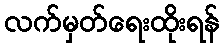
လက်မှတ်ရေးထိုးရန်